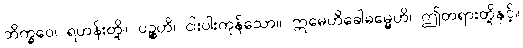
ဘိက္ခဝေ၊ ရဟန်းတို့။ ပဉ္စဟိ၊ ငါးပါးကုန်သော။ ဣမေဟိခေါဓမ္မေဟိ၊ ဤတရားတို့နှင့်။